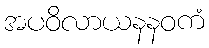
အပဝိလာယနနဝကံ